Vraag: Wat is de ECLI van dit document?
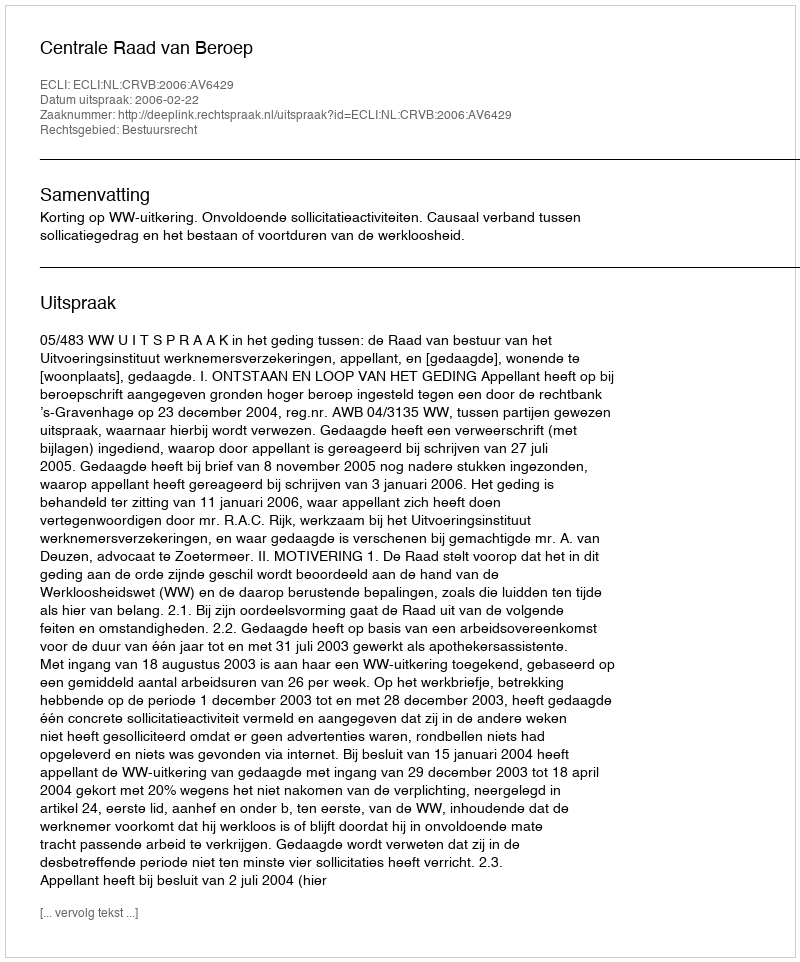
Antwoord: ECLI:NL:CRVB:2006:AV6429